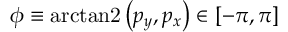
\phi \equiv \mathrm { a r c t a n 2 } \left( p _ { y } , p _ { x } \right) \in [ - \pi , \pi ]